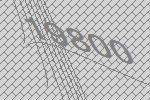
19800